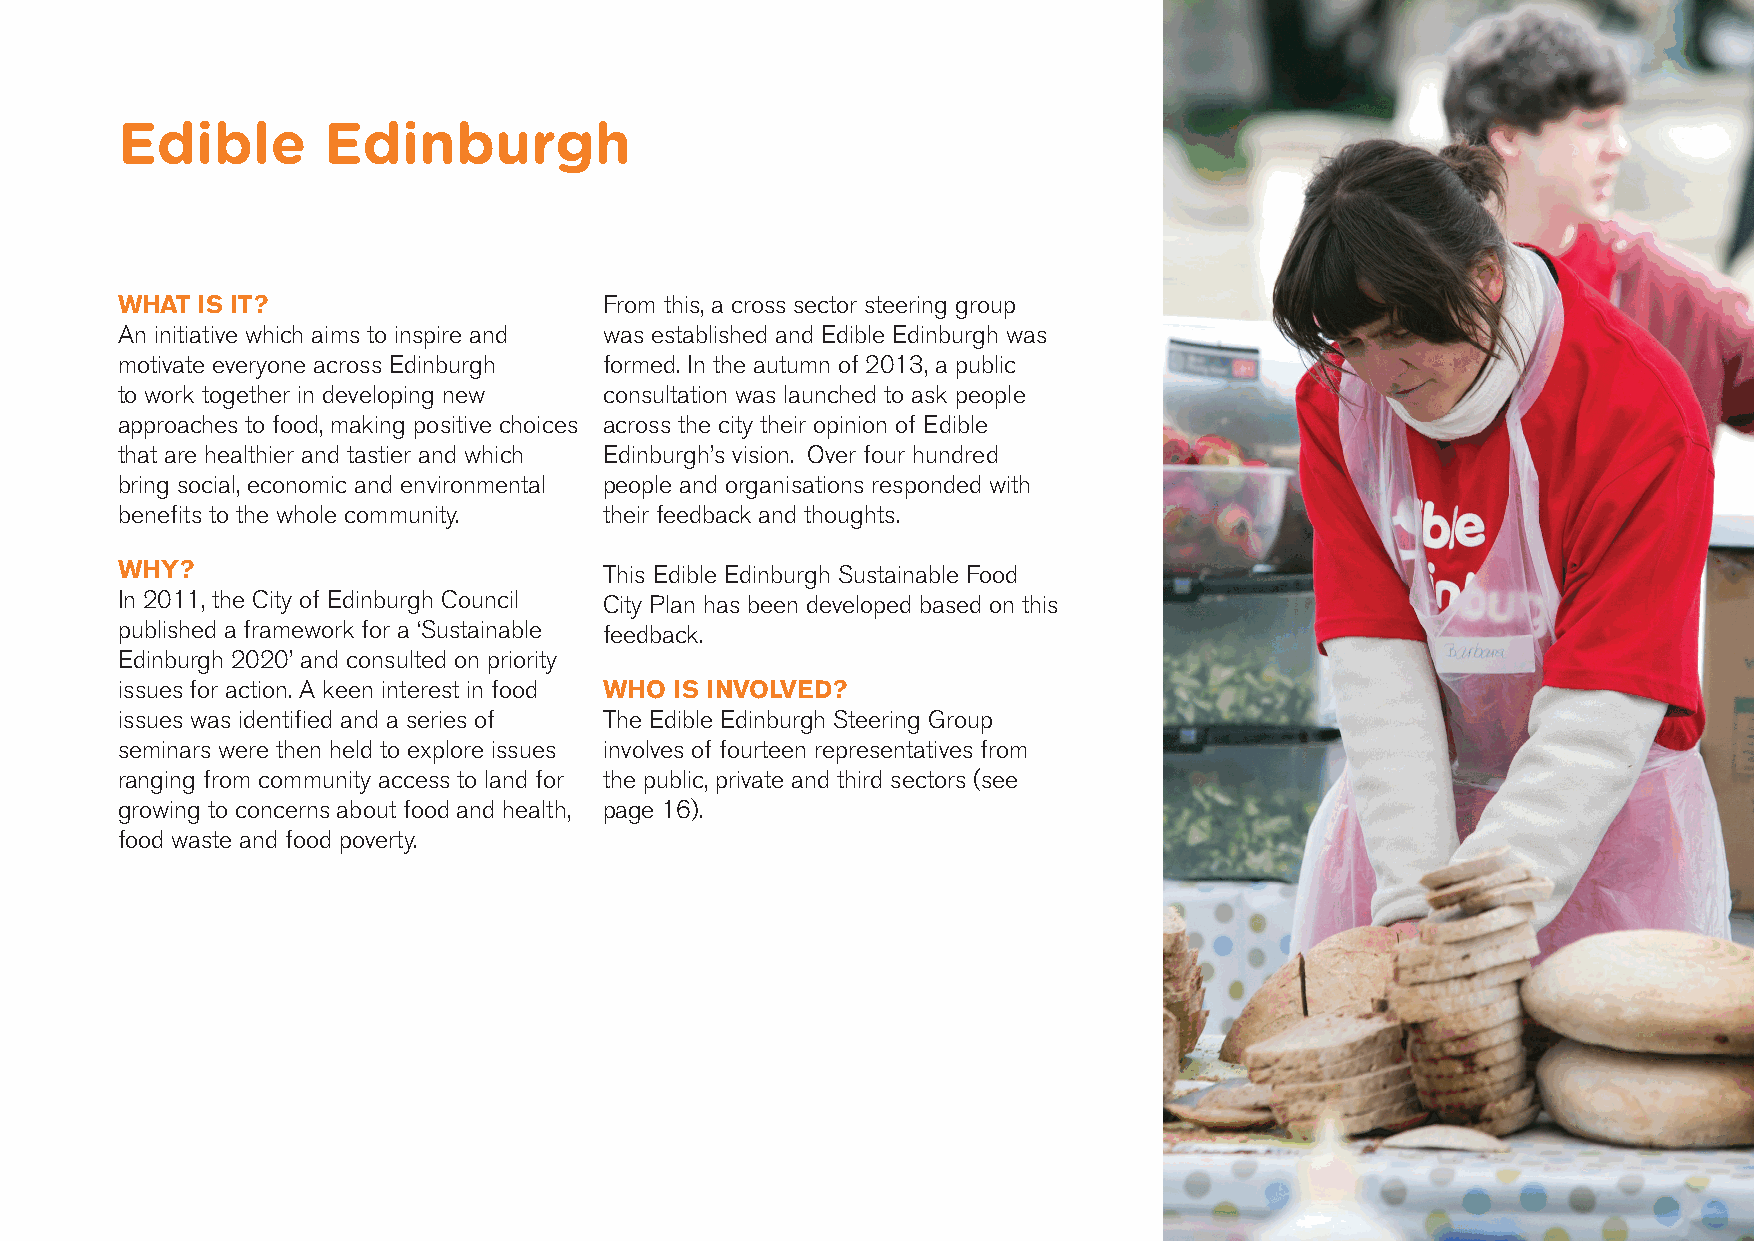
Edible       Edinburgh
 WHAT IS IT?                     From this, a cross sector steering group
 An initiative which aims to inspire and was established and Edible Edinburgh was
 motivate everyone across Edinburgh formed. In the autumn of 2013, a public
 to work together in developing new consultation was launched to ask people
 approaches to food, making positive choices across the city their opinion of Edible
 that are healthier and tastier and which Edinburgh’s vision. Over four hundred
 bring social, economic and environmental people and organisations responded with
 benefits to the whole community. their feedback and thoughts.
 WHY?                            This Edible Edinburgh Sustainable Food
 In 2011, the City of Edinburgh Council City Plan has been developed based on this
 published a framework for a ‘Sustainable feedback.
 Edinburgh 2020’ and consulted on priority
 issues for action. A keen interest in food WHO IS INVOLVED?
 issues was identified and a series of The Edible Edinburgh Steering Group
 seminars were then held to explore issues involves of fourteen representatives from
 ranging from community access to land for the public, private and third sectors (see
 growing to concerns about food and health, page 16).
 food waste and food poverty.
 04